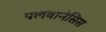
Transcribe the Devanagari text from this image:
पलवानेसिस